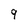
Character: 9